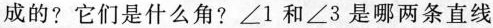
成的?它们是什么角?∠1和∠3是哪两条直线